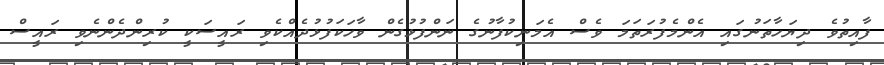
ފާއިތުވެ ދިޔަހާތަނުގައި އެންމެފުރަތަމަ ވެސް އެމަނިކުފާނުގެ ނަންފުޅުގެން ވާހަކަފުޅުދެއްކެވި ރައީސަކީ ކުރިންދެންނެވި ރައީސް